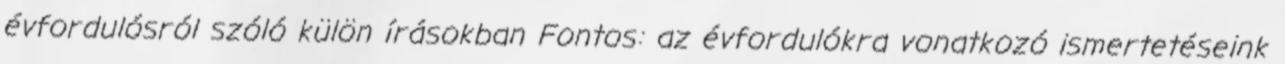
évfordulósról szóló külön írásokban Fontos: az évfordulókra vonatkozó ismertetéseink